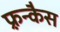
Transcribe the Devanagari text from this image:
फ़्रन्कैस